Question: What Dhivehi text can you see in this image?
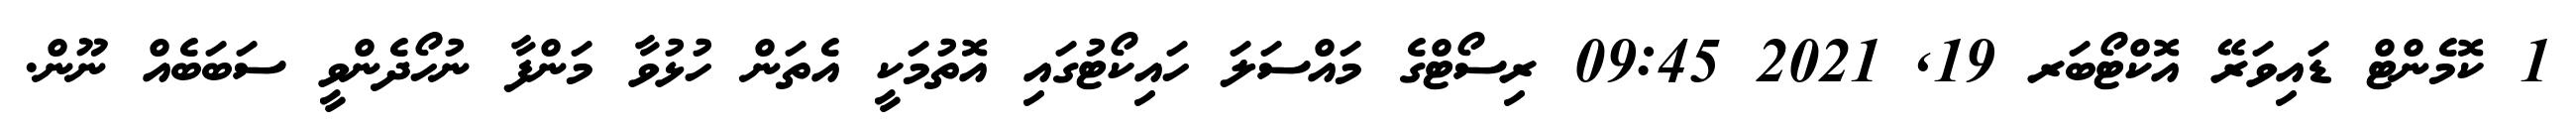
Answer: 1 ކޮމެންޓް ޑައިވަރޭ އޮކްޓޯބަރ 19, 2021 09:45 ރިސޯޓްގެ މައްސަލަ ހައިކޯޓުގައި އޮތުމަކީ އެތަން ހުޅުވާ މަންފާ ނުހޯދެންވީ ސަބަބެއް ނޫން.